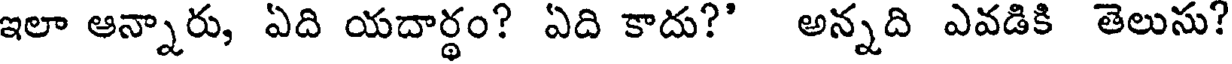
ఇలా ఆన్నారు, ఏది యదార్థం? ఏది కాదు?' అన్నది ఎవడికి తెలుసు?